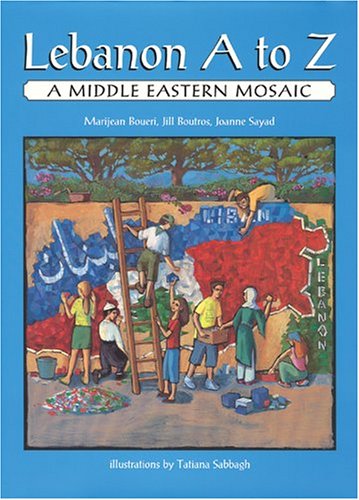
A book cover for Lebanon A to Z: A Middle Eastern Mosaic; Marijean Boueri; Children's Books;